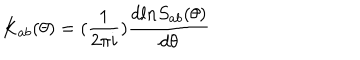
K _ { a b } ( \theta ) = ( { \frac { 1 } { 2 \pi i } } ) { \frac { d l n S _ { a b } ( \theta ) } { d \theta } }